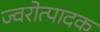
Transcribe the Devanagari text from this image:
ज्वरोत्पादक